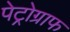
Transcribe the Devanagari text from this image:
पेट्रोग्राफ